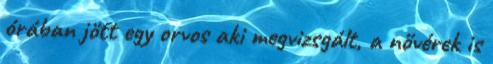
órában jött egy orvos aki megvizsgált, a nővérek is